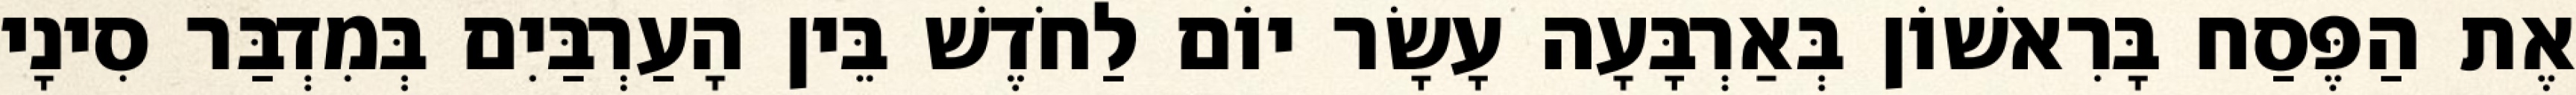
אֶת הַפֶּסַח בָּרִאשׁוֹן בְּאַרְבָּעָה עָשָׂר יוֹם לַחֹדֶשׁ בֵּין הָעַרְבַּיִם בְּמִדְבַּר סִינָי